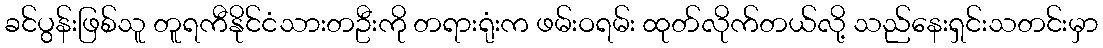
ခင်ပွန်းဖြစ်သူ တူရကီနိုင်ငံသားတဦးကို တရားရုံးက ဖမ်းဝရမ်း ထုတ်လိုက်တယ်လို့ သည်နေးရှင်းသတင်းမှာ